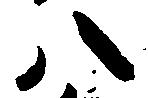
八